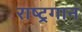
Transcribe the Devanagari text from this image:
राष्‍ट्रगान